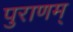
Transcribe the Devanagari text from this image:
पुराणम्‌